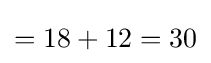
=18+12=30